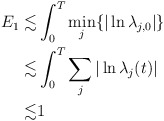
\begin{align*}\begin{aligned}E_{1}\lesssim &\int_{0}^{T}\min_{j}\{|\ln \lambda_{j,0}|\}\\ \lesssim &\int_{0}^{T} \sum_{j} |\ln \lambda_{j}(t)|\\ \lesssim &1\end{aligned}\end{align*}